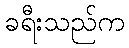
ခရီးသည်က